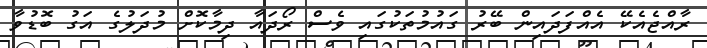
ރާއްޖެއެކޭ އެއްފަދައިން ބޭރު ގައުމުތަކުގައި ވެސް ރޯދައާ ދިމާކޮށް މުދަލުގެ އަގު ބޮޑުވާ